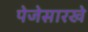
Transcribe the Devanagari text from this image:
पेजेसारखे